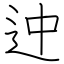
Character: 迚